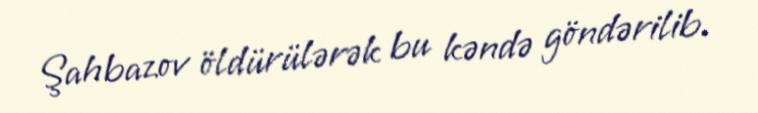
Şahbazov öldürülərək bu kəndə göndərilib.